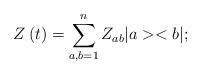
LaTeX: \begin{align*}Z\left( t\right) =\sum_{a,b=1}^{n}Z_{ab}|a><b|;\end{align*}